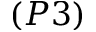
( P 3 )